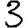
Digit: 3